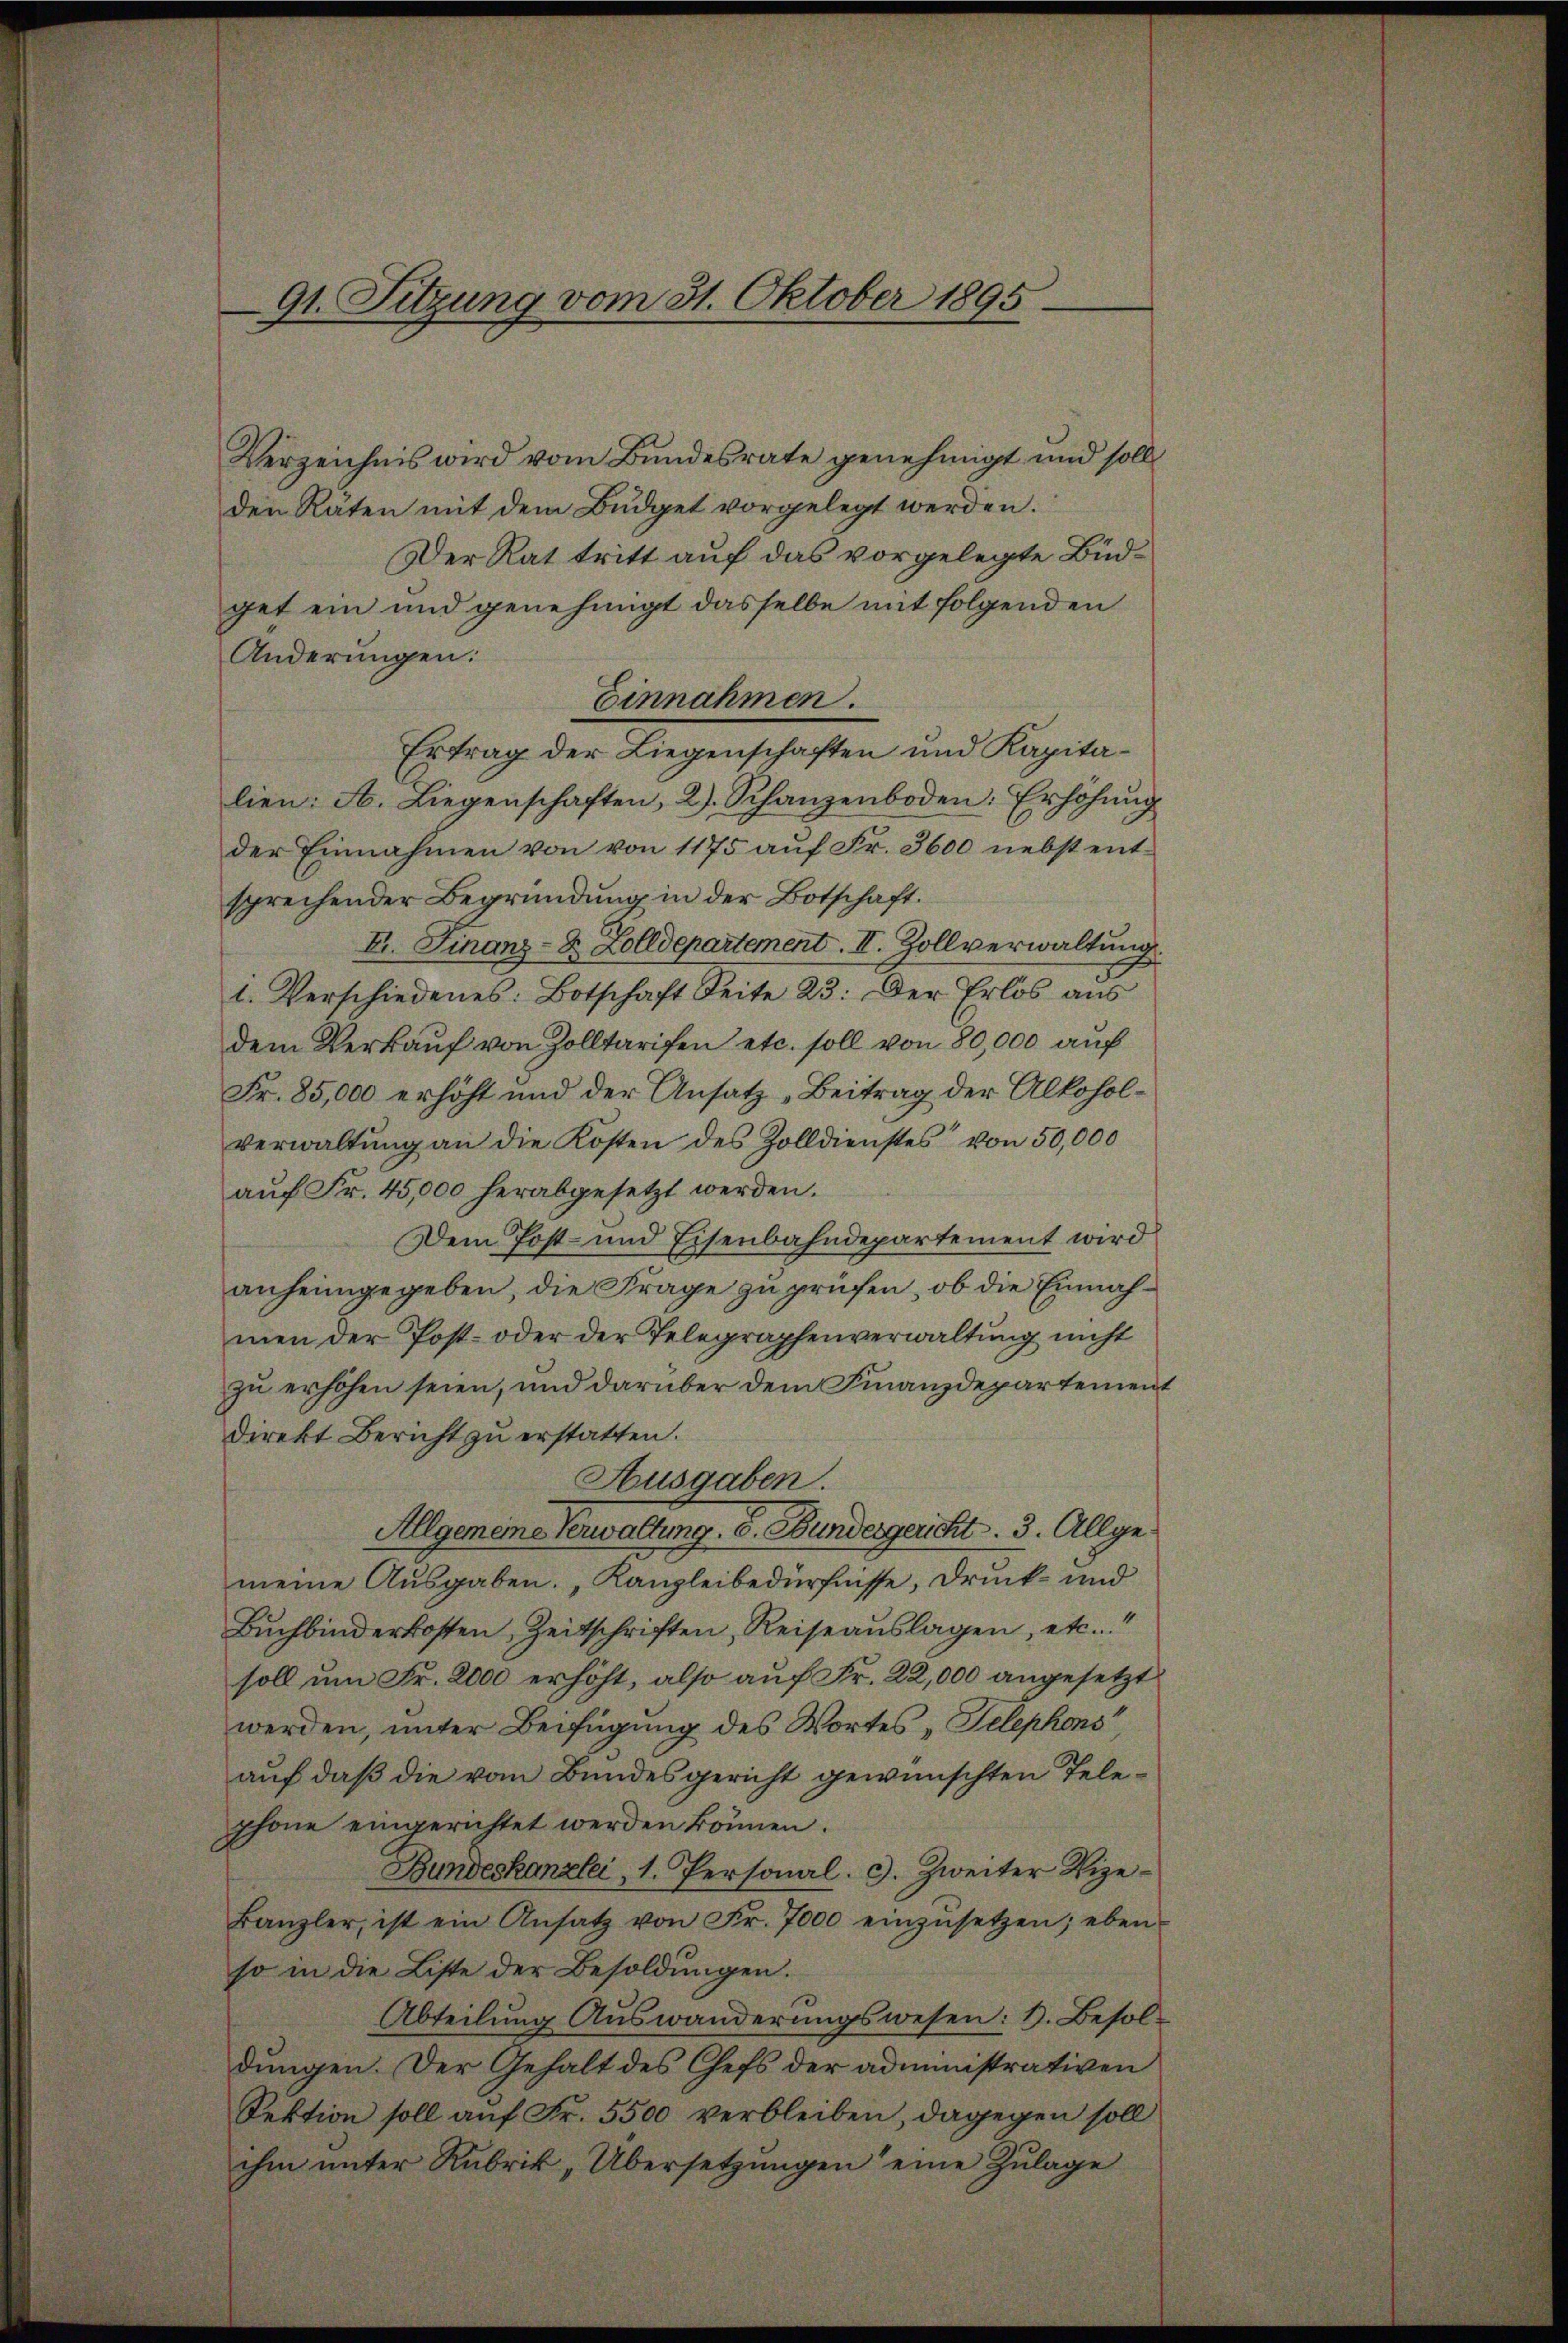
91. Sitzung vom 31. Oktober 1895

Verzeichnis wird vom Bundesrate genehmigt und soll
den Räten mit dem Büdget vorgelegt werden.
Der Rat tritt auf das vorgelegte Büdget ein und genehmigt dasselbe mit folgenden
Änderungen:
Einnahmen.
Ertrag der Liegenschaften und Kapitalien: A. Liegenschaften, 2. Schanzenboden: Erhöhŭng
der Einnahmen von von 1175 aŭf Fr. 3600 nebst ent-
sprechender Begründung in der Botschaft.
I. Finanz- & Zolldepartement. II. Zollverwaltung.
1. Verschiedenes: Botschaft Seite 23: Der Erlös aŭs
dem Verkaŭf von Zolltarifen etc. soll von 80,000 auf
Fr. 85,000 erhöht und der Ansatz „Beitrag der Alkoholverwaltŭng an die Kosten des Zolldienstes von 50,000
auf Fr. 45,000 herabgesetzt werden.
Dem Post- und Eisenbahndepartement wird
anheimgegeben, die Frage zu prüfen, ob die Einnahmen der Post- oder der Telegraphenverwaltŭng nicht
zu erhöhen seien, und darüber dem Finanzdepartement
Direkt Bericht zu erstatten.
Ausgaben.
Allgemeine Verwaltung. S. Bundergericht. 3. Allge
meine Ausgaben. Kanzleibedürfnisse, Druck- und
Bŭchbinderkosten, Zeitschriften, Reiseaŭslagen, etc.“
soll um Fr. 2000 erhöht, also auf Fr. 22,000 angesetzt
werden, unter Beifügung des Wortes „Telephons“
aŭf daβ die vom Bundesgericht gewünschten Tele-
phone eingerichtet werden können.
Bundeskanzlei, 1. Personal. c. Zweiter Vize-
Banzler, ist ein Ansatz von Fr. 7000 einzŭsetzen; eben-
so in die Liste der Besoldungen.
Abteilung Auswanderungswesen: V. Besoldungen. Der Gehalt des Chefs der administrativen
Sektion soll auf Fr. 5500 verbleiben, dagegen soll
ihm unter Rubrik „Übersetzŭngen eine Zulage